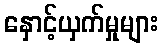
နှောင့်ယှက်မှုများ